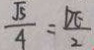
\frac { \sqrt { 5 } } { 4 } = \frac { D E } { 2 }